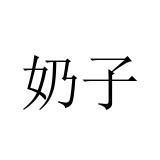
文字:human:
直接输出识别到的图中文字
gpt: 奶子